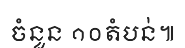
ចំនួន ១០តំបន់៕